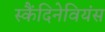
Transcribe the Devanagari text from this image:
स्कैंदिनेवियंस